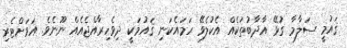
ޤައުމީ ސަލާމާ ގުޅޭ އާދާބުތަކެއް އެކުލެވޭ ހަމައެކަނި ޤައުމަކީ ދިވެހިރާއްޖެއެއް ނޫނެވެ. އަވަށްޓެރި